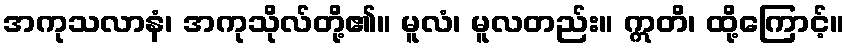
အကုသလာနံ၊ အကုသိုလ်တို့၏။ မူလံ၊ မူလတည်း။ ဣတိ၊ ထို့ကြောင့်။